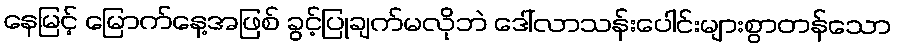
နေမြင့် မြောက်နေ့အဖြစ် ခွင့်ပြုချက်မလိုဘဲ ဒေါ်လာသန်းပေါင်းများစွာတန်သော